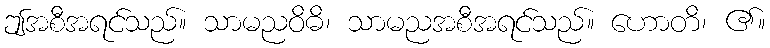
ဤအစီအရင်သည်။ သာမညဝိဓိ၊ သာမညအစီအရင်သည်။ ဟောတိ၊ ၏။